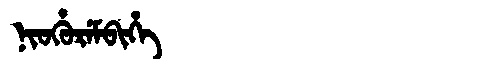
Manchu: ᠨᡳᠣᡥᡠᡵᡝᠮᠪᡳᡥᡝ
Romanization: NIOHUREMBIHE